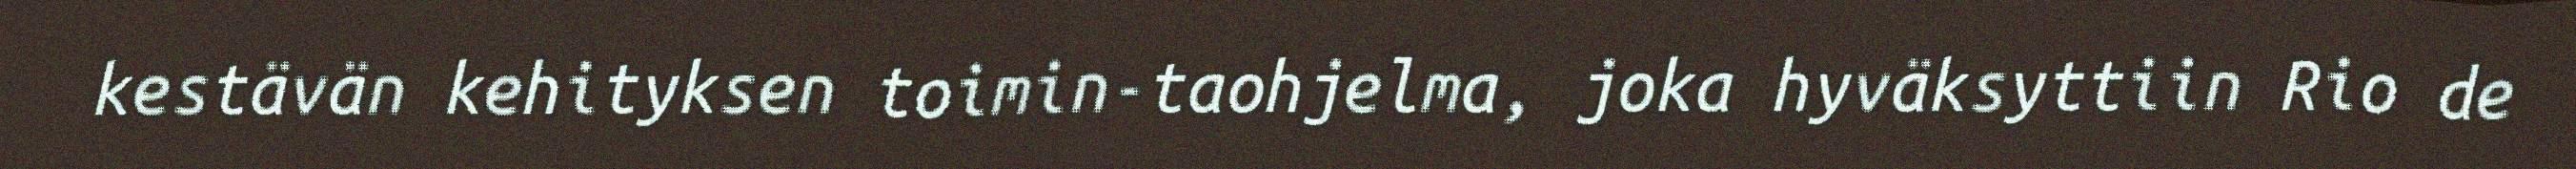
kestävän kehityksen toimin-taohjelma, joka hyväksyttiin Rio de